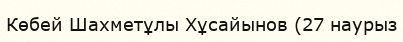
Көбей Шахметұлы Хұсайынов (27 наурыз